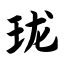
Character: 珑